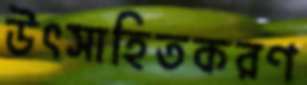
উৎসাহিতকরণ